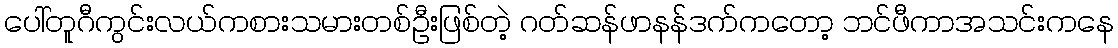
ပေါ်တူဂီကွင်းလယ်ကစားသမားတစ်ဦးဖြစ်တဲ့ ဂတ်ဆန်ဖာနန်ဒက်ကတော့ ဘင်ဖီကာအသင်းကနေ